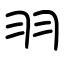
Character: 羽